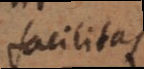
facilitas